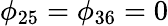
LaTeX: \phi_{25}=\phi_{36}=0